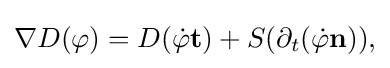
\displaystyle {\nabla D(\varphi )=D({\dot {\varphi }}\mathbf {t} )+S(\partial _{t}({\dot {\varphi }}\mathbf {n} )),}